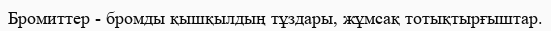
Бромиттер - бромды қышқылдың тұздары, жұмсақ тотықтырғыштар.